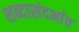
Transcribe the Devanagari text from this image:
शब्दासंदर्भात